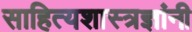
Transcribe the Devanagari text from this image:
साहित्यशास्त्रज्ञांनी